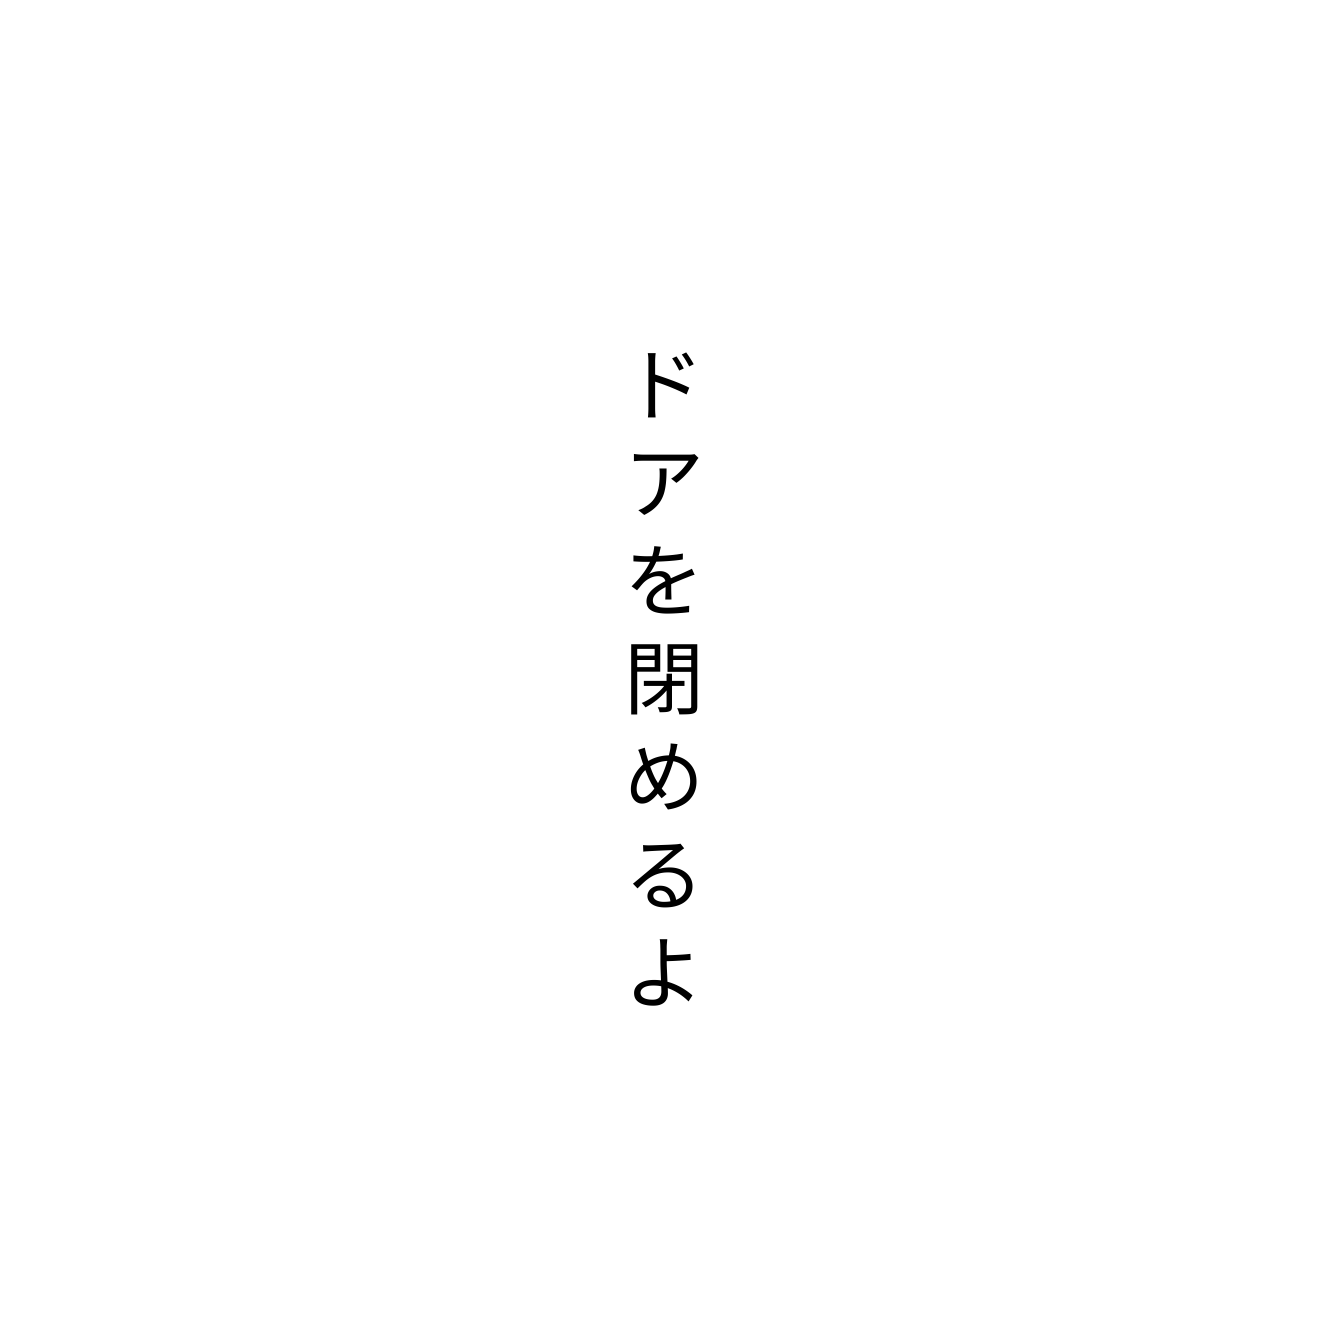
ドアを閉めるよ